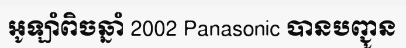
អូឡាំពិចឆ្នាំ 2002 Panasonic បានបញ្ជូន